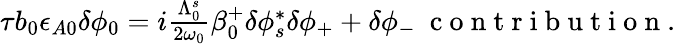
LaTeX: \begin{array}{r}{\tau b_{0}\epsilon_{A0}\delta\phi_{0}=i\frac{\Lambda_{0}^{s}}{2\omega_{0}}\beta_{0}^{+}\delta\phi_{s}^{*}\delta\phi_{+}+\delta\phi_{-}\ \mathrm{~c~o~n~t~r~i~b~u~t~i~o~n~}.}\end{array}